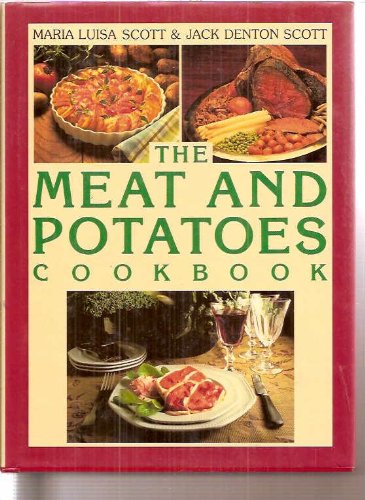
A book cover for Meat and Potatoes Cookbook; Maria L. Scott; Cookbooks, Food & Wine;